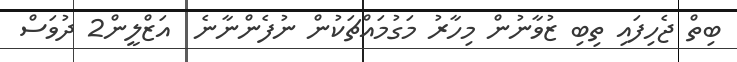
ބިތް ޖެހިފައި ތިބި ޒުވާނުން މިހާރު މަގުމައްޗަކުން ނުފެންނާނެ  އަޒްލީން2 ދުވަސް